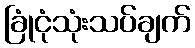
ခြုံငုံသုံးသပ်ချက်